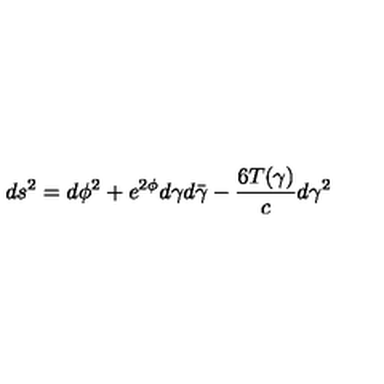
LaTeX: d s ^ { 2 } = d \phi ^ { 2 } + e ^ { 2 \phi } d \gamma d \bar { \gamma } - { \frac { 6 T ( \gamma ) } { c } } d \gamma ^ { 2 }